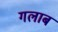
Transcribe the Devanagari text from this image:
गलाब